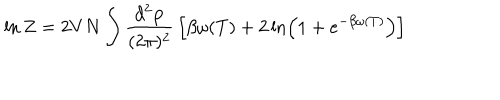
\ln Z = 2 V N \int { \frac { d ^ { 2 } { \bf p } } { ( 2 \pi ) ^ { 2 } } } \left[ \beta \omega ( T ) + 2 \ln \left( 1 + e ^ { - \beta \omega ( T ) } \right) \right]